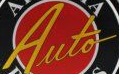
Auto